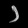
Digit: ၁